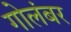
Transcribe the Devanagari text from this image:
गोलंबर